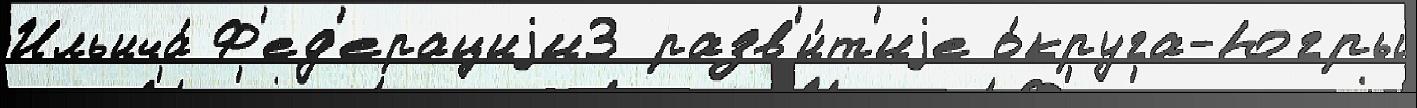
Ильича́ Ф'ед'ерациjи3 разв'и́т'иjе о́круга-Югры